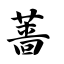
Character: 蔷